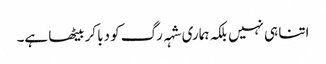
اتنا ہی نہیں بلکہ ہماری شہہ رگ کو دبا کر بیٹھا ہے۔